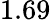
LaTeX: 1.69